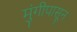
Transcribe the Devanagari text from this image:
मुंगीपासून